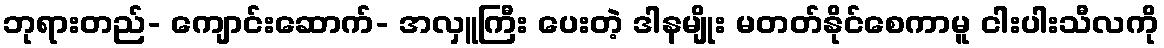
ဘုရားတည်- ကျောင်းဆောက်- အလှူကြီး ပေးတဲ့ ဒါနမျိုး မတတ်နိုင်စေကာမူ ငါးပါးသီလကို